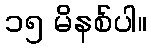
၁၅ မိနစ်ပါ။